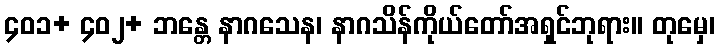
၄၀၁+ ၄၀၂+ ဘန္တေ နာဂသေန၊ နာဂသိန်ကိုယ်တော်အရှင်ဘုရား။ တုမှေ၊